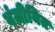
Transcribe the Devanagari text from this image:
पंजीयित